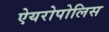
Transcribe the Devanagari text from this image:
ऐयरोपोलिस